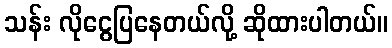
သန်း လိုငွေပြနေတယ်လို့ ဆိုထားပါတယ်။